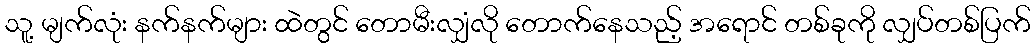
သူ့ မျက်လုံး နက်နက်များ ထဲတွင် တောမီးလျှံလို တောက်နေသည့် အရောင် တစ်ခုကို လျှပ်တစ်ပြက်